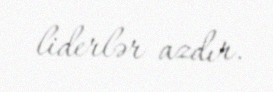
liderlər azdır.